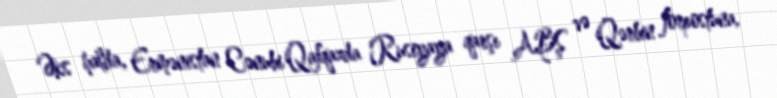
Əks halda, Ermənistan Cənubi Qafqazda Rusiyaya qarşı ABŞ və Qərbin forpostuna,